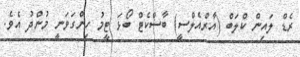
ރެޑް ލައިން ކްލަބް (އާރްއެލްސީ) ބާސްކެޓް ބޯޅަ ޓީމު ހިންގަވަނީ މުންދު އެވެ.